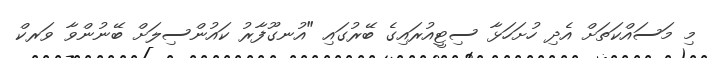
މި މަސައްކަތަށް އެދި ހުށަހަޅާ ސިޓީއުރައިގެ ބޭރުގައި "އުނގޫފާރު ކައުންސިލަށް ބޭނުންވާ ވަރކް